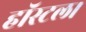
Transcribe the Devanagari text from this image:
हॉस्टल।